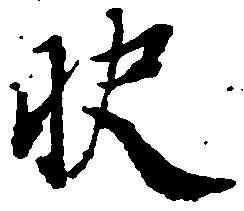
快